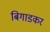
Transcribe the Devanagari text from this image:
बिगाडकर